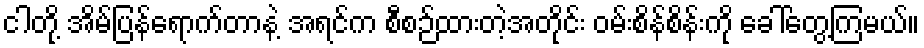
ငါတို့ အိမ်ပြန်ရောက်တာနဲ့ အရင်က စီစဉ်ထားတဲ့အတိုင်း ဝမ်းစိန်စိန်းကို ခေါ်တွေ့ကြမယ်။